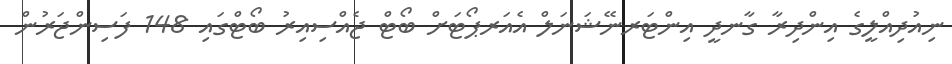
ނިއުދިއްލީގެ އިންދިރާ ގާނދީ އިންޓަރނޭޝަނަލް އެއަރޕޯޓަށް ބޯޓް ޖެއްސިއިރު ބޯޓްގައި 148 ފަސިންޖަރުން